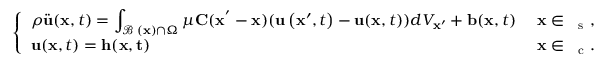
\left\{ \begin{array} { l l } { \rho \ddot { \mathbf { u } } ( \mathbf { x } , t ) = \displaystyle \int _ { \mathbf { \mathcal { B } _ { \delta } ( \mathbf { x } ) } \cap \Omega } \mu \mathbf { C } ( \mathbf { \mathbf { x ^ { ' } } } - \mathbf { x } ) ( \mathbf { u } \left( \mathbf { x } ^ { \prime } , t \right) - \mathbf { u } ( \mathbf { x } , t ) ) d V _ { \mathbf { \mathbf { x } ^ { \prime } } } + \mathbf { b } ( \mathbf { x } , t ) } & { \mathrm { ~ \mathbf { x } \in ~ \Omega _ s ~ } , } \\ { \mathbf { u } ( \mathbf { x } , t ) = \mathbf { h } ( \mathbf { x , t } ) } & { \mathrm { ~ \mathbf { x } \in ~ \Omega _ c ~ } . } \end{array} \right.